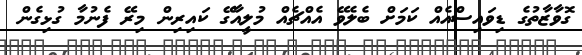
ގޮވާޒާތުގެ ޑިވައިސްއެއް ކަމަށް ބެލެވޭ އެއްޗެއް މުލީއާގޭ ކައިރިން މިރޭ ފެނުމާ ގުޅިގެން